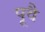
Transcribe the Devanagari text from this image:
पूवै